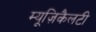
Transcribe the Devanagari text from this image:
म्यूज़िकैलटी